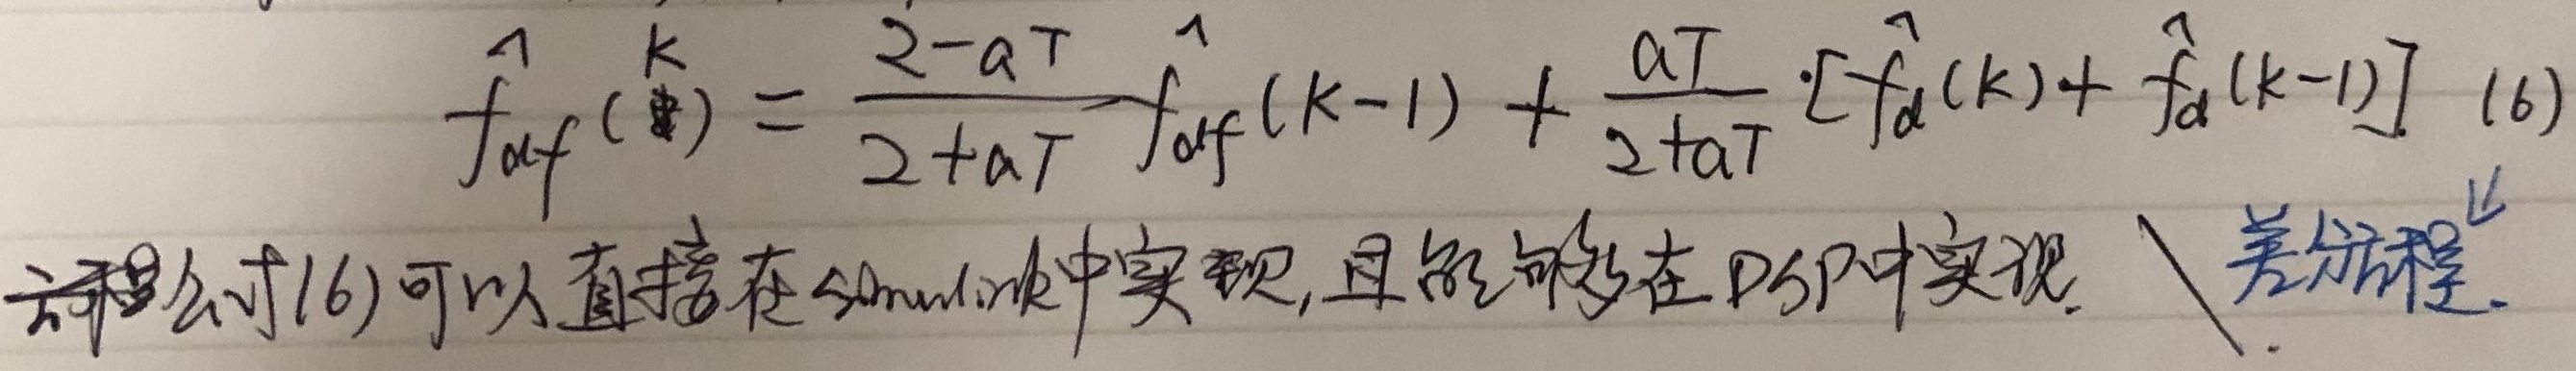
\[
\hat{f}_{df}(k)=\frac{2 - aT}{2 + aT}\hat{f}_{df}(k - 1)+\frac{aT}{2 + aT}\cdot[\hat{f}_{d}(k)+\hat{f}_{d}(k - 1)]\quad(6)
\]
公式(6)可以直接在Simulink中实现, 且能够在DSP中实现。 \ 差分方程。